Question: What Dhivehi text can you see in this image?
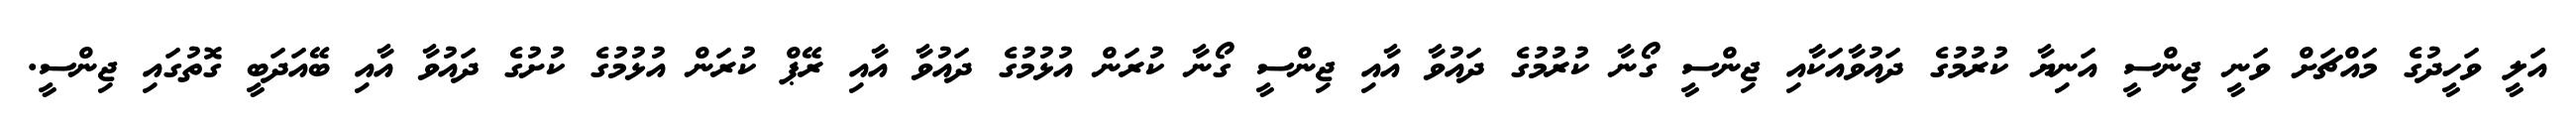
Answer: އަލީ ވަހީދުގެ މައްޗަށް ވަނީ ޖިންސީ އަނިޔާ ކުރުމުގެ ދައުވާއަކާއި ޖިންސީ ގޯނާ ކުރުމުގެ ދައުވާ އާއި ޖިންސީ ގޯނާ ކުރަން އުޅުމުގެ ދައުވާ އާއި ރޭޕް ކުރަން އުޅުމުގެ ކުށުގެ ދައުވާ އާއި ބޭއަދަބީ ގޮތުގައި ޖިންސީ.